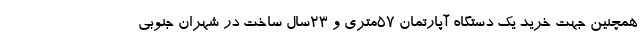
همچنین جهت خرید یک دستگاه آپارتمان 57متری و 23سال ساخت در شهران جنوبی